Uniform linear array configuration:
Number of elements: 48
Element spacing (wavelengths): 1
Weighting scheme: kaiser
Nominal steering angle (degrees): -45
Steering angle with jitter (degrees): -43.822
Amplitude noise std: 0.05
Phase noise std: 0.05

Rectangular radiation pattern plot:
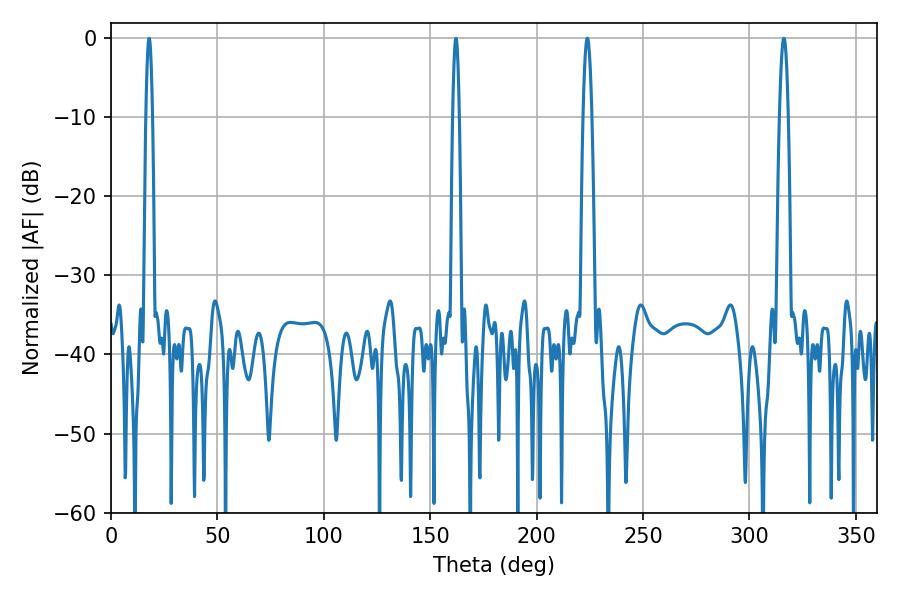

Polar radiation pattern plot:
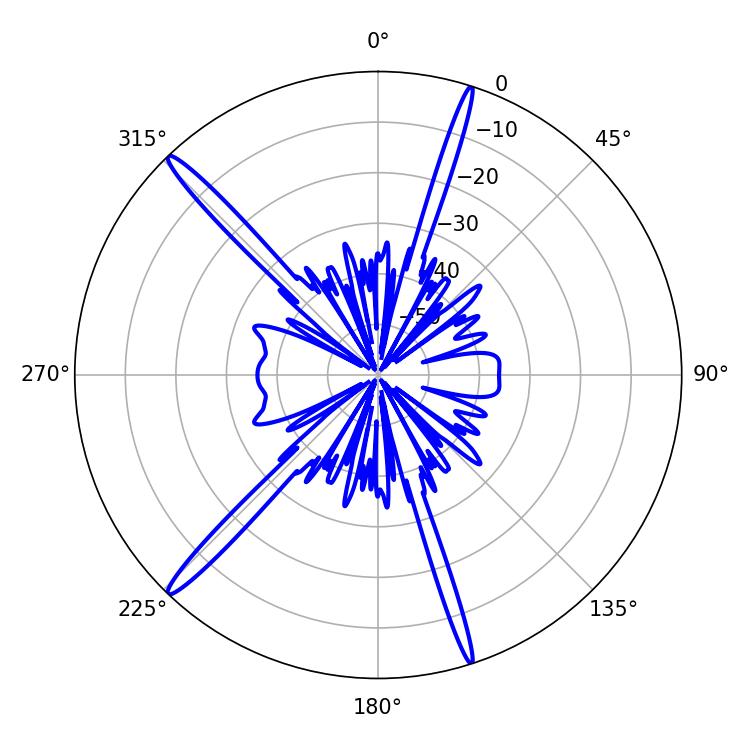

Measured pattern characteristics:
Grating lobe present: TRUE
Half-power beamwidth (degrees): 2.34
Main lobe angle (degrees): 223.74